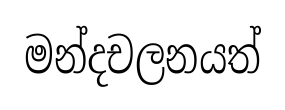
මන්දචලනයත්